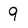
Character: 9